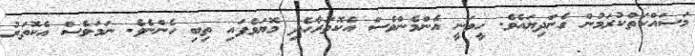
މަސައްކަތްކުރަމުން ގެންދިޔައެވެ. ހީވަނީ އެންމެންވެސް އެކޮތަރާހެދި މޮޔަވެފައި ތިބި ހެންނެވެ. ނަމަވެސް އެކޮތަރު